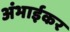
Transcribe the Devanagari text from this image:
अंभाईकर